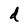
Character: d